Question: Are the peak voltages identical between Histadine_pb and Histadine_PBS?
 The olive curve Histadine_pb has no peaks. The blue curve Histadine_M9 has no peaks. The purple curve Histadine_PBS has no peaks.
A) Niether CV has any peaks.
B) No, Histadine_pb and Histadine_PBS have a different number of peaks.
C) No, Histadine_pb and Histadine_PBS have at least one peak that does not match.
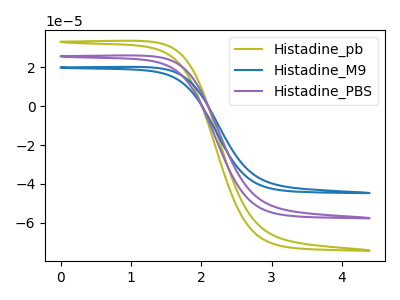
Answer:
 <answer>A) Niether CV has any peaks.</answer>
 <eval>A</eval>